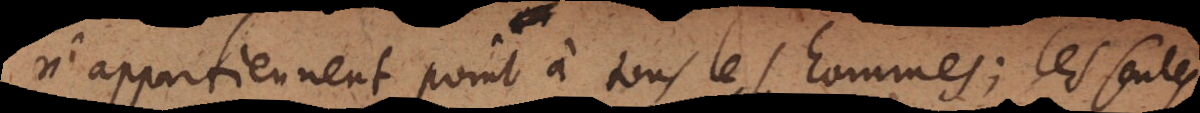
n’appartiennent point à tous les hommes; les seules